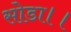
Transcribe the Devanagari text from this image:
सोडा।।